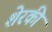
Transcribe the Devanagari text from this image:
शेरकी